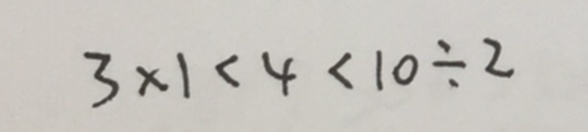
3 \times 1 < 4 < 1 0 \div 2